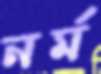
নর্ম